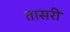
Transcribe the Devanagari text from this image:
तासरी